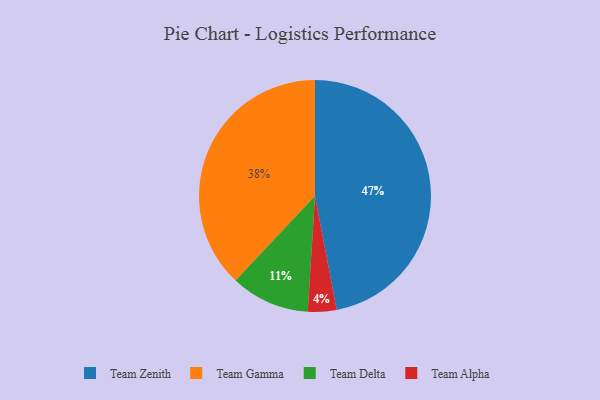
{"axis": {"x": "Category", "y": "Percentage"}, "legend": ["Team Alpha", "Team Delta", "Team Gamma", "Team Zenith"], "data": [{"x": "Team Zenith", "y": 47, "type": "Team Zenith"}, {"x": "Team Gamma", "y": 38, "type": "Team Gamma"}, {"x": "Team Delta", "y": 11, "type": "Team Delta"}, {"x": "Team Alpha", "y": 4, "type": "Team Alpha"}]}